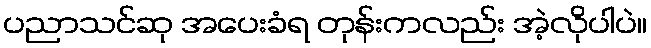
ပညာသင်ဆု အပေးခံရ တုန်းကလည်း အဲ့လိုပါပဲ။